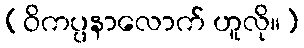
(ဝိကပ္ပနာလောက် ဟူလို။)